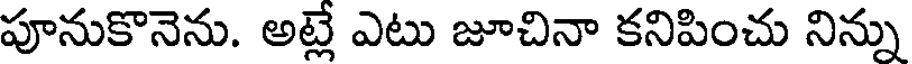
పూనుకొనెను. అట్లే ఎటు జూచినా కనిపించు నిన్ను